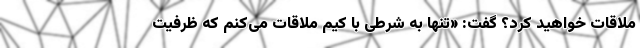
ملاقات خواهید کرد؟ گفت: «تنها به شرطی با کیم ملاقات می‌کنم که ظرفیت